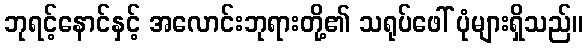
ဘုရင့်နောင်နှင့် အလောင်းဘုရားတို့၏ သရုပ်ဖေါ် ပုံများရှိသည်။